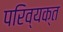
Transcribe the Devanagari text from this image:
परिव्यक्त